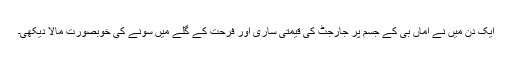
ایک دن میں نے اماں بی کے جسم پر جارجٹ کی قیمتی ساری اور فرحت کے گلے میں سونے کی خوبصورت مالا دیکھی۔